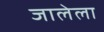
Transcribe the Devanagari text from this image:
जालेला